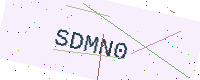
Text: SDMN0